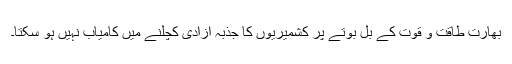
بھارت طاقت و قوت کے بل بوتے پر کشمیریوں کا جذبہ آزادی کچلنے میں کامیاب نہیں ہو سکتا۔